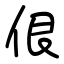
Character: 佷